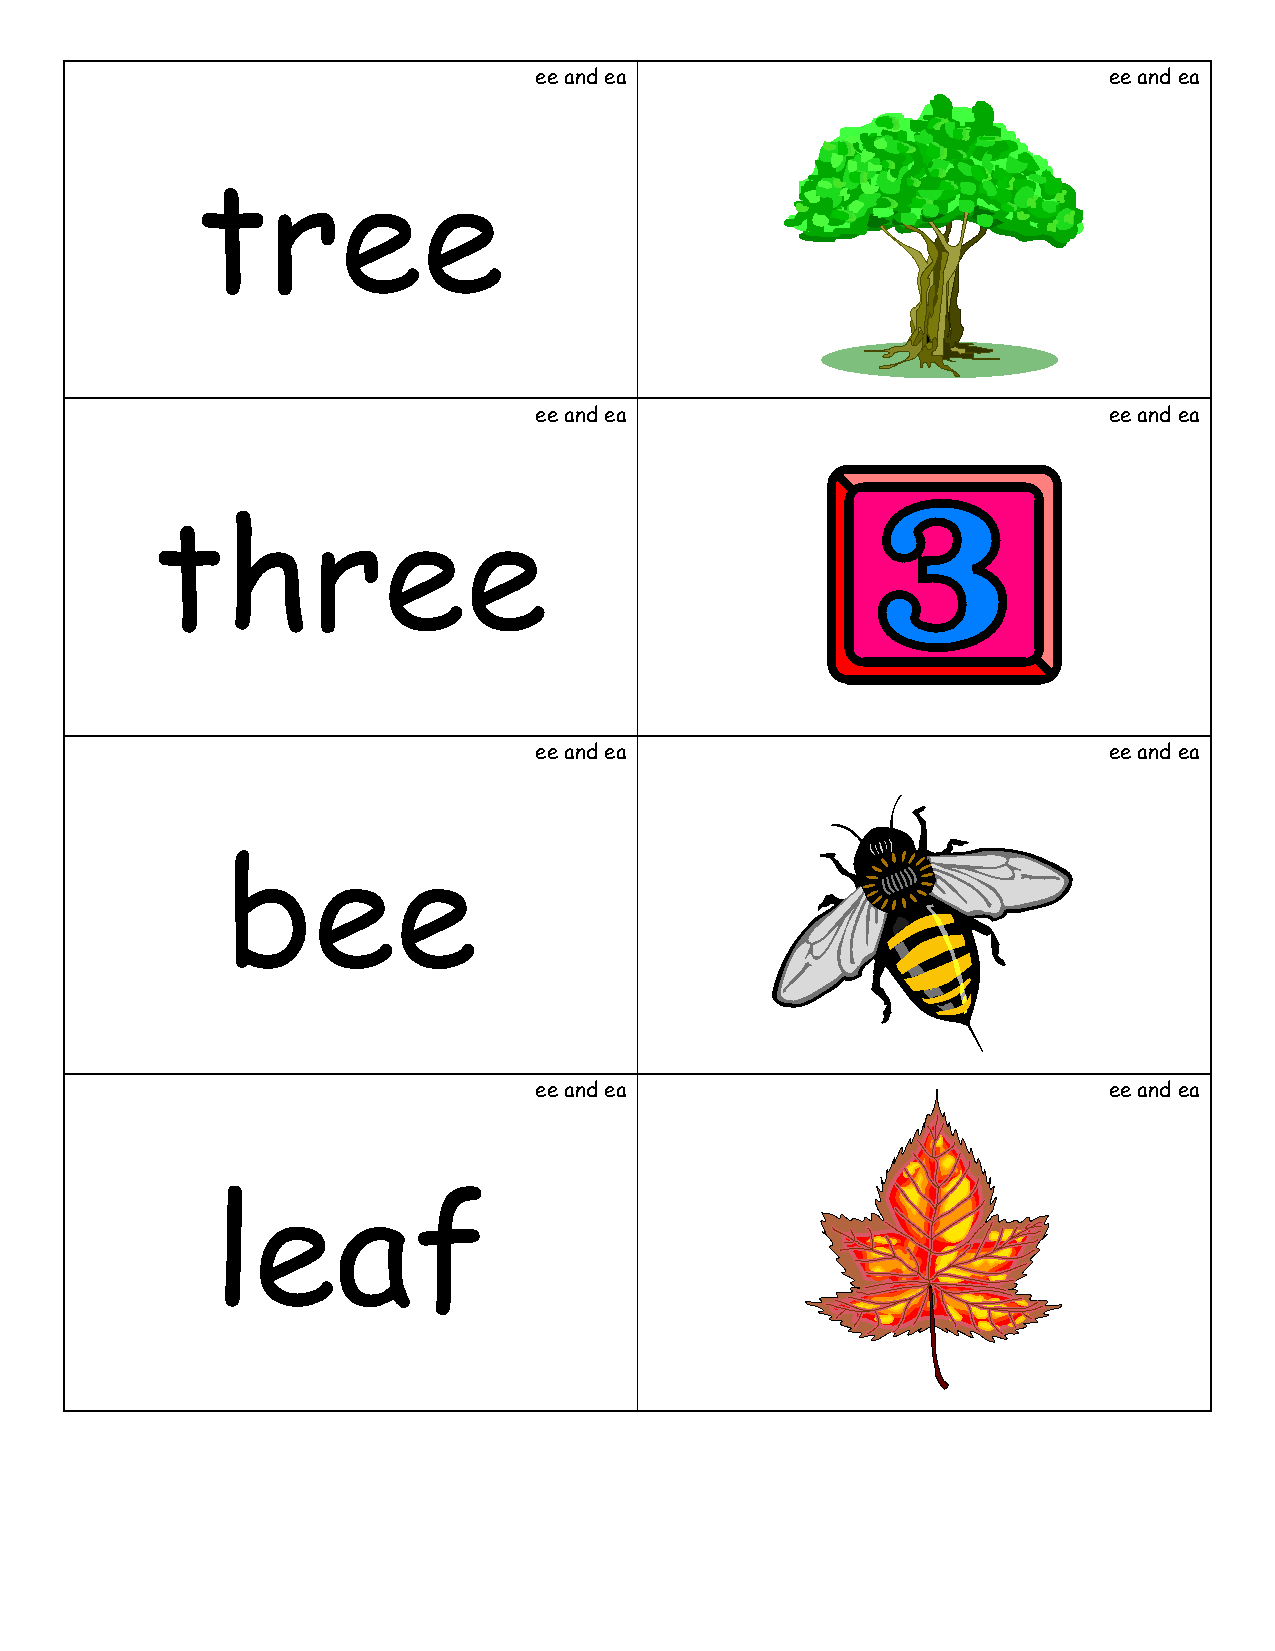
ee and ea                             ee and ea
 tree
 ee and ea                             ee and ea
 three
 ee and ea                             ee and ea
 bee
 ee and ea                             ee and ea
 leaf